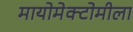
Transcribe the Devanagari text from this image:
मायोमेक्टोमीला